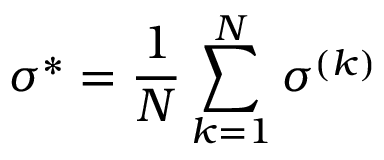
\sigma ^ { * } = \frac { 1 } { N } \sum _ { k = 1 } ^ { N } \sigma ^ { ( k ) }